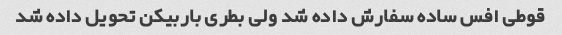
قوطی افس ساده سفارش داده شد ولی بطری باربیکن تحویل داده شد